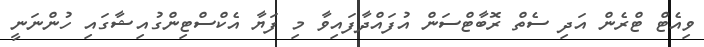
ވިއެޓް ޓްރެން އަދި ސެތް ރޮބާޓްސަން އުފައްދާފައިވާ މި ފަޔާ އެކްސްޓިންގުއިޝާގައި ހުންނަނީ